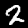
Digit: 2